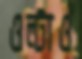
ওল্‌টাও